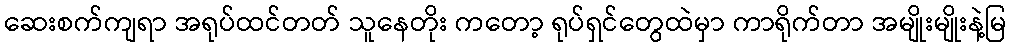
ဆေးစက်ကျရာ အရုပ်ထင်တတ် သူနေတိုး ကတော့ ရုပ်ရှင်တွေထဲမှာ ကာရိုက်တာ အမျိုးမျိုးနဲ့မြ